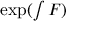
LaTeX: \exp \textstyle ( \int F )